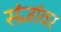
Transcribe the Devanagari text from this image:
संज्ञांवर